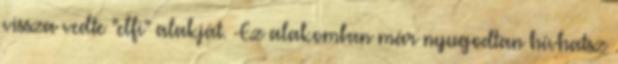
vissza vedte "elfi" alakját. -Ez alakomban már nyugodtan hívhatsz